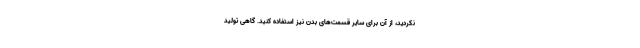
نکردید، از آن برای سایر قسمت‌های بدن نیز استفاده کنید. گاهی تولید